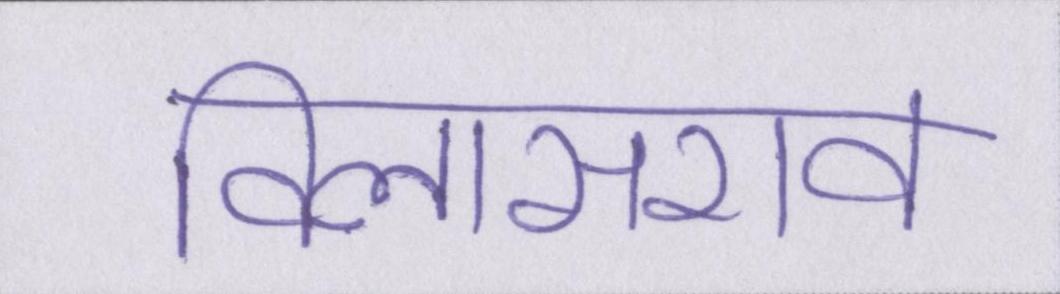
विलासराव